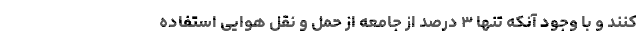
کنند و با وجود آنکه تنها ۳ درصد از جامعه از حمل و نقل هوایی استفاده